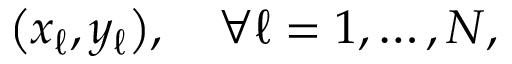
\big ( x _ { \ell } , y _ { \ell } \big ) , \quad \forall \ell = 1 , \ldots , N ,